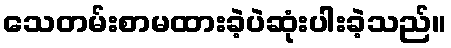
သေတမ်းစာမထားခဲ့ပဲဆုံးပါးခဲ့သည်။